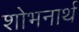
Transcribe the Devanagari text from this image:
शोभनार्थ